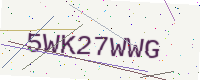
Text: 5WK27WWG